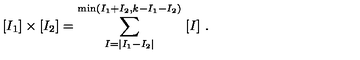
[ I _ { 1 } ] \times [ I _ { 2 } ] = \sum _ { I = | I _ { 1 } - I _ { 2 } | } ^ { \mathrm { m i n } ( I _ { 1 } + I _ { 2 } , k - I _ { 1 } - I _ { 2 } ) } \ [ I ] \ .